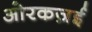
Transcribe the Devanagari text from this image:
ओरकज़ई